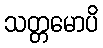
သတ္တမောပိ